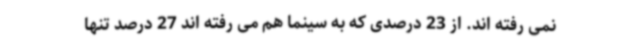
نمی رفته اند. از 23 درصدی که به سینما هم می رفته اند 27 درصد تنها